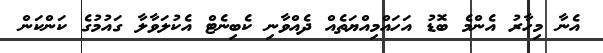
އެނާ މިހާރު އެންމެ ބޮޑު އަހައްމިއްޔަތެއް ދެއްވާނި ކެބިނެޓް އެކުލަވާލާ ގައުމުގެ ކަންކަން